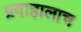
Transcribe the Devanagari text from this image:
प्रवाहालाच